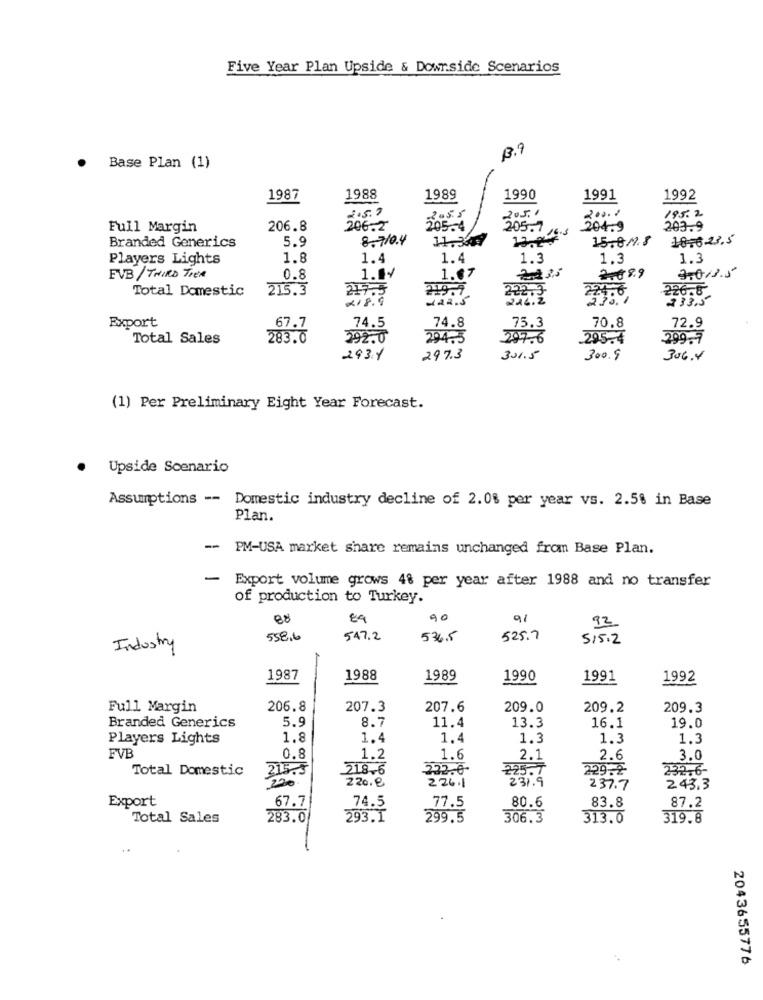
Five Year Plan Upside & Dowr.side Scenarios
13.9
Base Plan (1)
1987
1988
1989
1990
1991
1992
2.5.0
205.1
195.2
Full Margin
206.8
206.2
205-4
205.7
204.9
203.9
Branded Generics
5.9
8.710.4
11.307
15.819.8
18.623.5
Players Lights
1.8
1.4
1.4
1.3
1.3
1.3
1.04
1.67
EVB/ THIRD TIER
0.8
3.68.9
3.013.5
Total Domestic
215.3
217.5
219.7
222.3-
226.6
218.9
122.5
22406
233,5
74.8
75.3
Export
67.7
74.5
70.8
72.9
Total Sales
283.0
294.5
2076
295.4
299.7
2931
297.3
301.5
300.9
306.4
(1) Per Preliminary Eight Year Forecast.
Upside Scenario
Assumptions -- Domestic industry decline of 2.0% per year vs. 2.5% in Base
Plan.
-
PM-USA market share remains unchanged from Base Plan.
-
Export volume grows 4% per year after 1988 and no transfer
of production to Turkey.
08
91
92
558.6
547.2
536.5
525.7
515.2
Industry
1987
1988
1989
1990
1991
1992
Full Margin
206.8
207.3
207.6
209.0
209.2
209.3
5.9
8.7
Branded Generics
11.4
13.3
16.1
19.0
Players Lights
1.8
1.4
1.4
1.3
1.3
1.3
FVB
0.8
1.2
1.6
2.1
2.6
3.0
Total Domestic
218.6
222.0
229.2
25-6
215.5
220
220.8
226.1
231.9
237.7
243.3
Export
74.5
80.6
67.7
77.5
83.8
87.2
Total Sales
283.0
293.I
299.5
306.3
313.0
319.8
2043655776